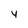
Character: y